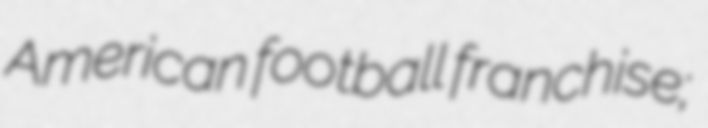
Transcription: American football franchise;